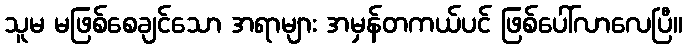
သူမ မဖြစ်စေချင်သော အရာများ အမှန်တကယ်ပင် ဖြစ်ပေါ်လာလေပြီ။